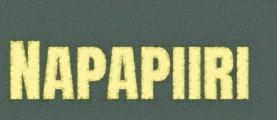
Napapiiri